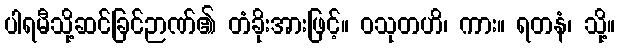
ပါရမီသို့ဆင်ခြင်ဉာဏ်၏ တံခိုးအားဖြင့်။ ဝသုတဟိ၊ ကား။ ရတနံ၊ သို့။